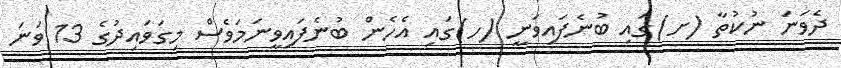
ދެވަނަ ނުކުތާ (ށ)ގައި ބުނެފައިވަނީ (ހ)ގައި އެހެން ބުނެފައިވީނަމަވެސް މިގަވައިދުގެ 13 ވަނަ